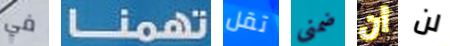
في تهمنا تقل ضمني أن لن